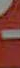
-